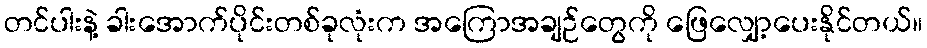
တင်ပါးနဲ့ ခါးအောက်ပိုင်းတစ်ခုလုံးက အကြောအချဉ်တွေကို ဖြေလျှော့ပေးနိုင်တယ်။